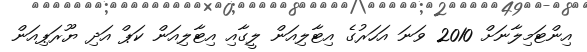
އިންޓަމިލާނަށް 2010 ވަނަ އަހަރުގެ އިޓާލިއަން ލީގާއި އިޓާލިއަން ކަޕް އަދި ޔޫރަޕިއަން